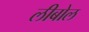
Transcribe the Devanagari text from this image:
लीबोल